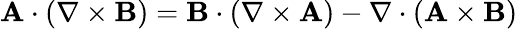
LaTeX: {\textbf{A}\cdot(\nabla\times\textbf{B})=\textbf{B}\cdot(\nabla\times\textbf{A})-\nabla\cdot(\textbf{A}\times\textbf{B})}